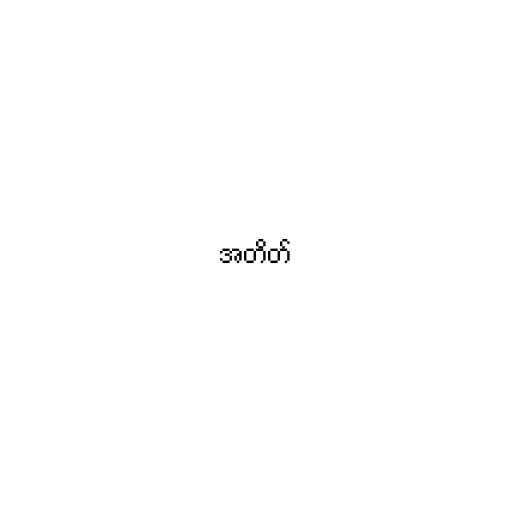
အတိတ်